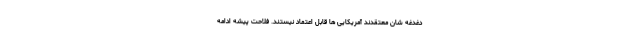
دغدغه شان معتقدند آمریکایی ها قابل اعتماد نیستند. فلاحت پیشه ادامه